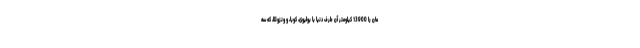
مان را 13900 کیلومتر آن طرف دنیا با بولیوی، کوبا، و ونزوئلا، که سه